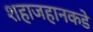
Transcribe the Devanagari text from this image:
शहाजहानकडे